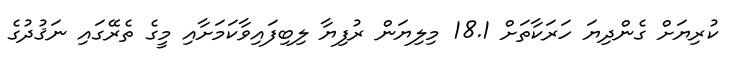
ކުރިޔަށް ގެންދިޔަ ހަރަކާތަށް 18.1 މިލިޔަން ރުފިޔާ ލިބިފައިވާކަމަށާއި މީގެ ތެރޭގައި ނަޤުދުގެ